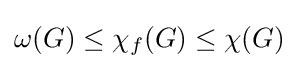
\omega (G)\leq \chi _{f}(G)\leq \chi (G)